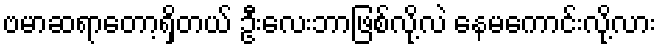
ဗမာဆရာတော့ရှိတယ် ဦးလေးဘာဖြစ်လို့လဲ နေမကောင်းလို့လား